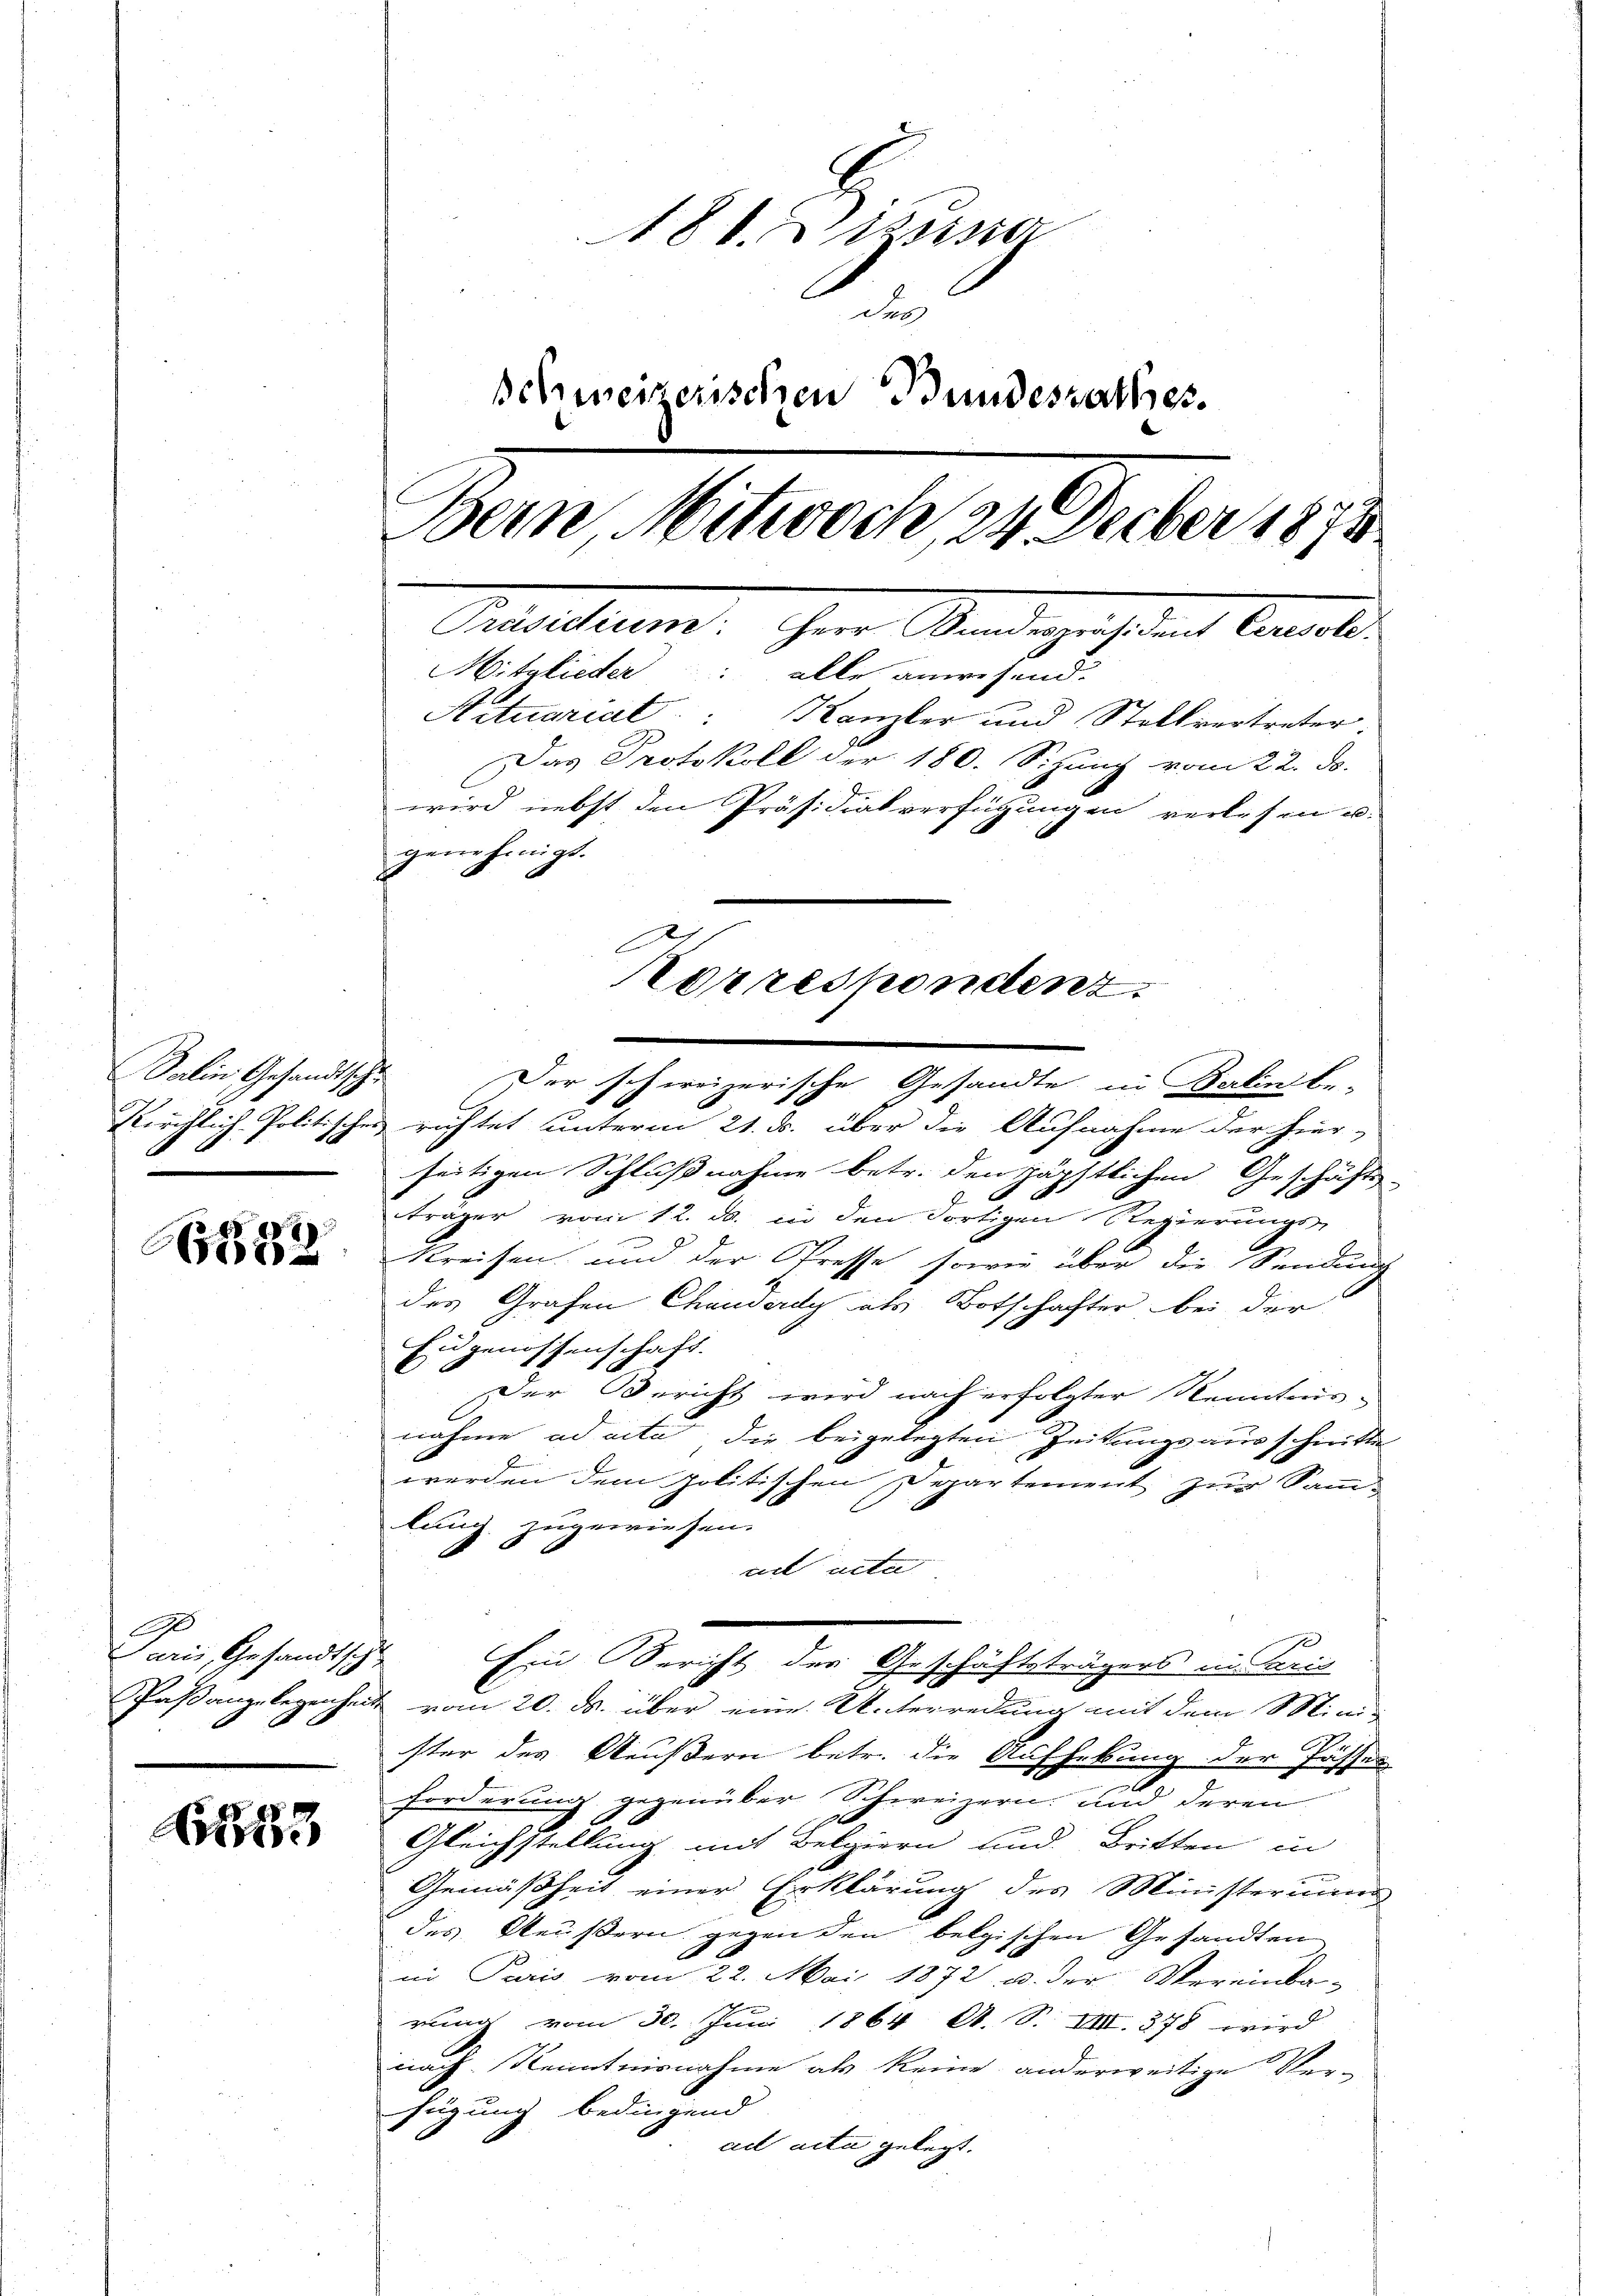
Salin Gesandtsche

C182

90
Paris, Gesandtsch
.

N

18 d. d. 25ste
Ser
ehweizerischen Bundesrathes.
Bern, Witwech, 2. Feber 1890
Pedelten, ihrer Standegessens Cancell
Mitglieder: alle anwesend.
Actuariat Kanzler und Stellvertreter
Das Protokoll der 180. Sizung vom 22. ds.
wird nebst den Präsidialverfügungen verlesen u.
genehmigt.

Korrespondenz.
Der schweizerische Gesandte in Berlin be-

Kirchlich-Politisches richtet unterm 21. ds. über die Aufnahme der hier-
seitigen Schlußnahme betr. den häpstlichen Geschäfts-
träger vom 12. ds. in den dortigen Regierungs-
kreisen und der Presse sowie über die Sendung
des Grafen Chanderdy als Botschafter bei der
Eugenossenschaft.
Der Bericht wird nach erfolgter Kenntnis-
nahme ad acta die beigelegten Zeitungsausschritte
werden dem politischen Departement zur Sammlung zugewiesen.
uet acte
f
Ein Bericht der Geschäftsträgers in Paris
Paßangelegenheit vom 20. ds. über eine Unterredung mit dem Mini-
ster des Aeußern betr. die Aufhebung der Fässer
forderung gegenüber Schweizern, und deren
Gleichstellung mit Belgiern und Britten in
Gemäßheit einer Erklärung des Ministerium
des Aeußern gegen den belgischen Gesandten
in Paris vom 22. Mai 1872 u. der Vereinba-
rung vom 30. Juni 1864 A. S. VIII. 378 wird
nach Kenntnisnahme als keine anderweitige Ver-
fügung bedingend
ad acta gelegt.